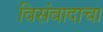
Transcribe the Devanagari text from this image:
विसंवादाचा